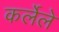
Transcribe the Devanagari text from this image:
कर्लेले